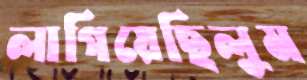
লাগিয়েছিলুম